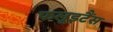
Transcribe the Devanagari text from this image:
फलूइटैंस